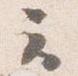
云